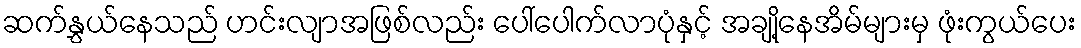
ဆက်နွှယ်နေသည် ဟင်းလျာအဖြစ်လည်း ပေါ်ပေါက်လာပုံနှင့် အချို့နေအိမ်များမှ ဖုံးကွယ်ပေး